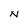
Character: N